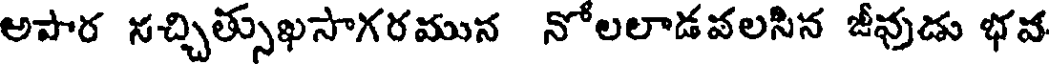
అపార నచ్చిత్సుఖసాగరమున నోలలాడవలసిన జీవుడు భవ